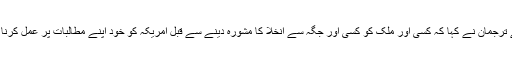
روس کے سرکاری ٹی وی ‘چینل ون’ سے گفتگو کرتے ہوئے ترجمان نے کہا کہ کسی اور ملک کو کسی اور جگہ سے انخلا کا مشورہ دینے سے قبل امریکہ کو خود اپنے مطالبات پر عمل کرنا چاہیے اور بطور خاص شام سے اپنی فوج واپس بلانی چاہیے۔